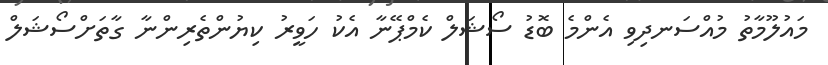
މައުލޫމާތު މުއްސަނދިވި އެންމެ ބޮޑު ސޯޝަލް ކެމްޕޭނާ އެކު ހަވީރު ކިޔުންތެރިންނާ ގާތަށްސޯޝަލް